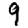
Digit: 9